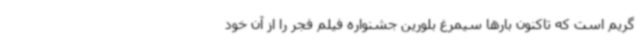
گریم است که تاکنون بارها سیمرغ بلورین جشنواره فیلم فجر را از آن خود